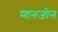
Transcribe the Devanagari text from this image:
मानजोन